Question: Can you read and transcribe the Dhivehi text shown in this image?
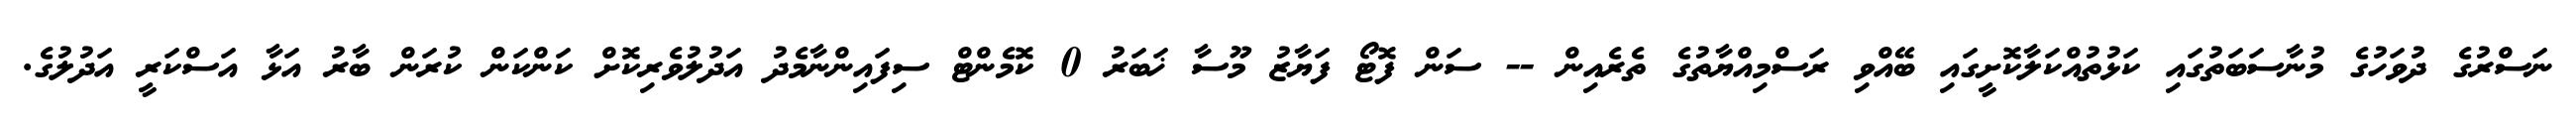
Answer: ނަސްރުގެ ދުވަހުގެ މުނާސަބަތުގައި ކަޅުތުއްކަލާކޮށީގައި ބޭއްވި ރަސްމިއްޔާތުގެ ތެރެއިން -- ސަން ފޮޓޯ ފަޔާޒު މޫސާ ޚަބަރު 0 ކޮމެންޓް ސިފައިންނާމެދު އަދުލުވެރިކޮށް ކަންކަން ކުރަން ބާރު އަޅާ އަސްކަރީ އަދުލުގެ.